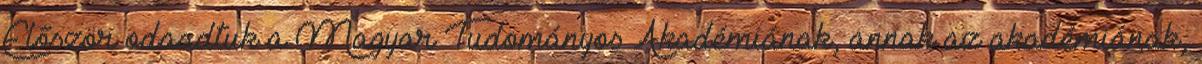
Először odaadtuk a Magyar Tudományos Akadémiának, annak az akadémiának,